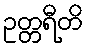
ဥတ္တရီတိ